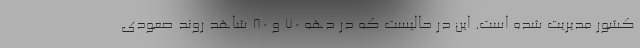
کشور مدیریت شده است. این در حالیست که در دهه ۷۰ و ۸۰ شاهد روند صعودی